Madras plague regulations and rules for the city of Madras
Disease focus: Plague
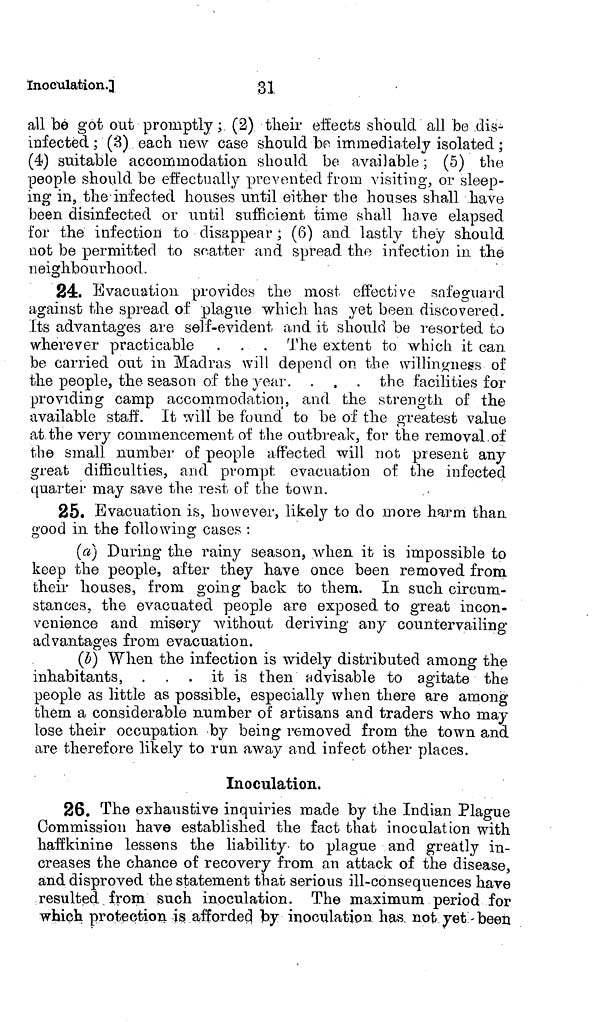
Inoculation.]
31
all bé got out promptly ; (2) their effects should all be dis-
infected ; (3) each new case should be immediately isolated ;
(4) suitable accommodation should be available ; (5) the
people should be effectually prevented from visiting, or sleep-
ing in, the infected houses until either the houses shall have
been disinfected or until sufficient time shall have elapsed
for the infection to disappear ; (6) and lastly they should
not be permitted to scatter and spread the infection in. the
neighbourhood.
24. Evacuation provides the most effective safeguard
against the spread of plague which has yet been discovered
its advantages are self-evident and it should be resorted to
wherever practicable . . . The extent to which it can
be carried out in Madras will depend on the willingness of
the people, the season of the year. . . . the facilities for
providing camp accommodation, and the strength of the
available staff. It will be found to be of the greatest value
at the very commencement of the outbreak, for the removal,of
the small number of people affected will not present any
great difficulties, and prompt evacuation of the infected
quarter may save the rest of the town.
25. Evacuation is, however, likely to do more harm than
good in the following cases :
o
O
(a) During the rainy season, when it is impossible to
keep the people, after they have once been removed from
their houses, from going back to them. In such circum-
stances, the evacuated people are exposed to great incon-
venience and misery without deriving any countervailing
advantages from evacuation.
(b) When the infection is widely distributed among the
inhabitants, . .
it is then advisable to agitate the
people as little as possible, especially when there are among
them a considerable number of artisans and traders who may
lose their occupation by being removed from the town and
are therefore likely to run away and infect other places.
Inoculation.
26. The exhaustive inquiries made by the Indian Plague
Commission have established the fact that inoculation with
haffkinine lessens the liability- to plague and greatly in-
creases the chance of recovery from an attack of the disease,
and disproved the statement that serious ill-consequences have
resulted from such inoculation. The maximum period for
which protection is afforded by inoculation has not yet been